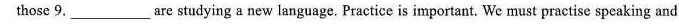
those 9. ___are studying a new language. Practice is important. We must practise speaking and